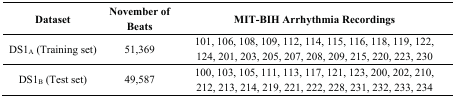
| Dataset | November of Beats | MIT-BIH Arrhythmia Recordings |
 | --- | --- | --- |
 | DS1A (Training set) | 51,369 | 101, 106, 108, 109, 112, 114, 115, 116, 118, 119, 122, 124, 201, 203, 205, 207, 208, 209, 215, 220, 223, 230 |
 | DS1B (Test set) | 49,587 | 100, 103, 105, 111, 113, 117, 121, 123, 200, 202, 210, 212, 213, 214, 219, 221, 222, 228, 231, 232, 233, 234 |